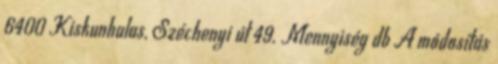
6400 Kiskunhalas, Széchenyi út 49. Mennyiség db A módosítás